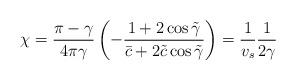
LaTeX: \begin{align*}\chi = \frac{\pi-\gamma}{4\pi\gamma} \left( -\frac{1+2\cos\tilde{\gamma}}{\bar{c}+2\tilde{c}\cos\tilde{\gamma}} \right) = \frac{1}{v_s}\frac{1}{2\gamma}\end{align*}